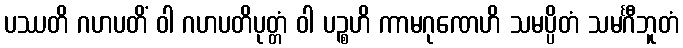
ပဿတိ ဂဟပတိံ ဝါ ဂဟပတိပုတ္တံ ဝါ ပဉ္စဟိ ကာမဂုဏေဟိ သမပ္ပိတံ သမင်္ဂီဘူတံ